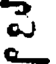
పై